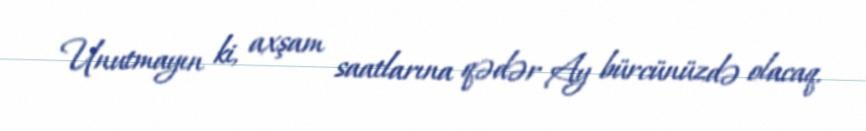
Unutmayın ki, axşam saatlarına qədər Ay bürcünüzdə olacaq.